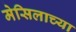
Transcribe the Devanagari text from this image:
मेसिलाच्या